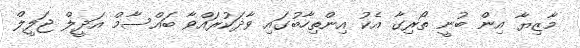
މާޒިޔާ އިން ބުނީ ތޯރިގާ އެކު އިންތިހާބުގައި ވާދަކުރައްވާ ބައްސާމް އަދީލް ޖަލީލް